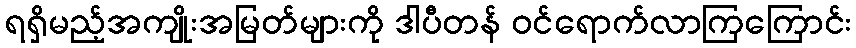
ရရှိမည့်အကျိုးအမြတ်များကို ဒါပီတန် ဝင်ရောက်လာကြကြောင်း